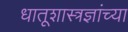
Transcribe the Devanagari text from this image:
धातूशास्त्रज्ञांच्या